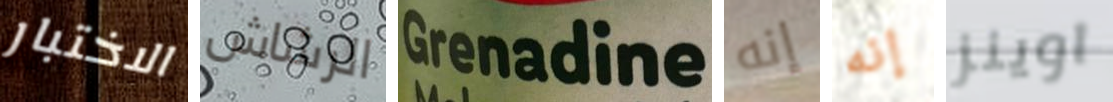
الاختبار الرشاش Grenadine إنه إنه اوينز